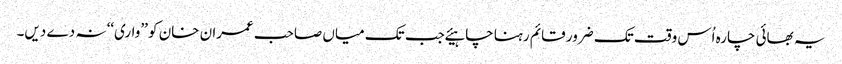
یہ بھائی چارہ اُس وقت تک ضرور قائم رہنا چاہیئے جب تک میاں صاحب عمران خان کو ’’واری‘‘ نہ دے دیں۔